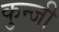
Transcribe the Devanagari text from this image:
कुन्जी